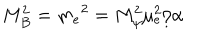
LaTeX: M _ { B } ^ { 2 } = m _ { e } { } ^ { 2 } = M _ { \psi } ^ { 2 } \mu _ { e } ^ { 2 } / \alpha